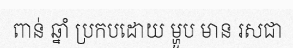
ពាន់ ឆ្នាំ ប្រកបដោយ ម្ហូប មាន រសជា